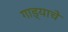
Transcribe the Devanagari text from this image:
गाड्याचे